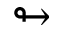
\looparrowright